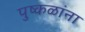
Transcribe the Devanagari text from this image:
पुष्कळांना